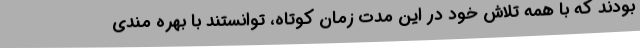
بودند که با همه تلاش خود در این مدت زمان کوتاه، توانستند با بهره مندی